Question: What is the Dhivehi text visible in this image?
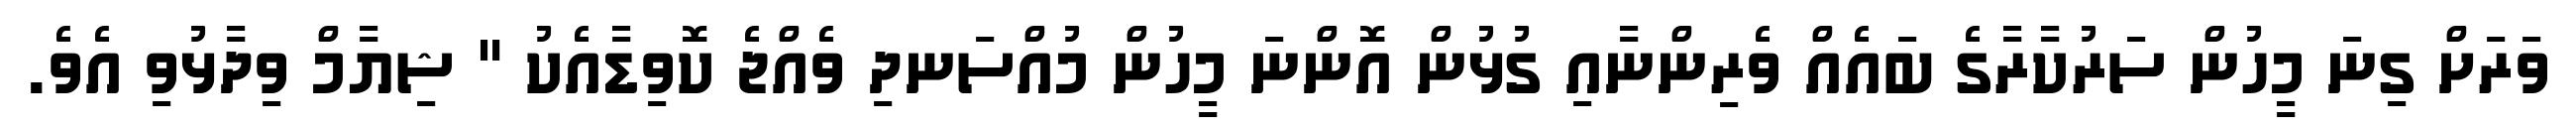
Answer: ވަރަށް ގިނަ މީހުން ސަރުކާރާގެ ބައެއް ވެރިންނާއި ގުޅުން އޮންނަ މީހުން މުއްސަނދި ވެއްޖެ ކޮވިޑާއެކު " ޝިޔާމް ވިދާޅުވި އެވެ.